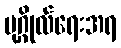
ပုဂ္ဂိုလ်ရေးအရ